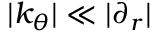
| k _ { \theta } | \ll | \partial _ { r } |